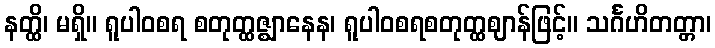
နတ္ထိ၊ မရှိ။ ရူပါဝစရ စတုတ္ထဇ္ဈာနေန၊ ရူပါဝစရစတုတ္ထဈာန်ဖြင့်။ သင်္ဂဟိတတ္တာ၊